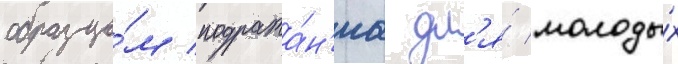
образцо́м подража́н'иа дл'я́ молоды́х